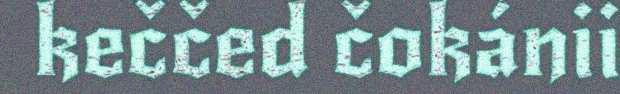
keččed čokánii